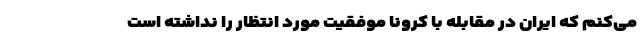
می‌کنم که ایران در مقابله با کرونا موفقیت مورد انتظار را نداشته است